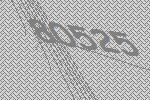
80525